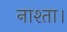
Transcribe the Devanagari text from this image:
नाश्ता।